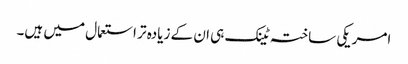
امریکی ساختہ ٹینک ہی ان کے زیادہ تر استعمال میں ہیں۔